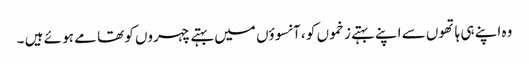
وہ اپنے ہی ہاتھوں سے اپنے بہتے زخموں کو ، آنسوؤں میں بہتے چہروں کو تھا مے ہو ئے ہیں ۔